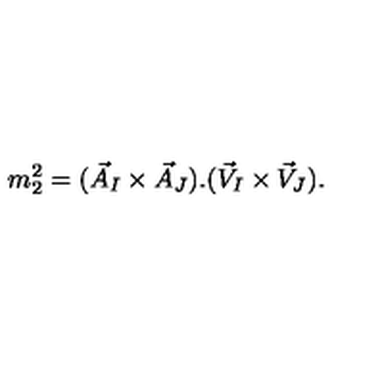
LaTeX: m _ { 2 } ^ { 2 } = ( \vec { A } _ { I } \times \vec { A } _ { J } ) . ( \vec { V } _ { I } \times \vec { V } _ { J } ) .